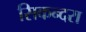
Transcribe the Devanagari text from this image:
सिकन्‍दरा